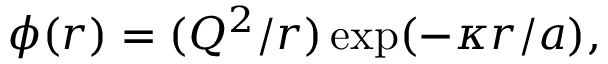
\phi ( r ) = ( Q ^ { 2 } / r ) \exp ( - \kappa r / a ) ,